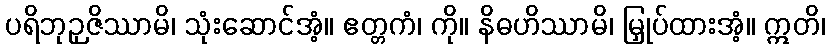
ပရိဘုဉှဇိဿာမိ၊ သုံးဆောင်အံ့။ ဧတ္တကံ၊ ကို။ နိဓဟိဿာမိ၊ မြှုပ်ထားအံ့။ ဣတိ၊